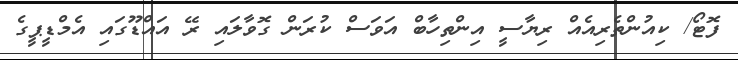
ފޮޓޯ/ ކިއުންތެރިއެއް ރިޔާސީ އިންތިހާބް އަވަސް ކުރަން ގޮވާލައި ރޭ އައްޑޫގައި އެމްޑީޕީގެ